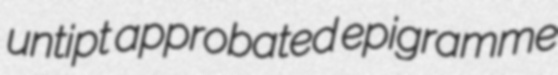
untipt approbated epigramme